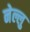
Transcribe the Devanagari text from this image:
नेल्लु